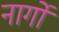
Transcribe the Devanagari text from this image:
नार्गों